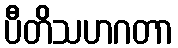
ပီတိသဟဂတာ